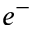
e ^ { - }